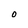
Character: O